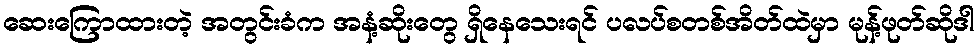
ဆေးကြောထားတဲ့ အတွင်းခံက အနံ့ဆိုးတွေ ရှိနေသေးရင် ပလပ်စတစ်အိတ်ထဲမှာ မုန့်ဖုတ်ဆိုဒါ